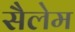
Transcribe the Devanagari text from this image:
सैलेम